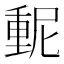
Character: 𫒃